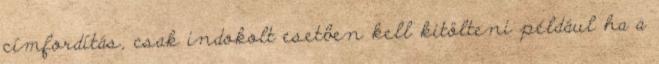
címfordítás, csak indokolt esetben kell kitölteni például ha a